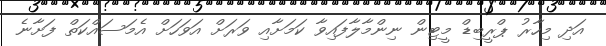
އަދި މިހާރު ޕްރީބިޑް މީޓިން ނިންމާލާފައިވާ ކަމަށާއި ވަރަށް އަވަހަށް އެމަސައްކަތް ފަށާނެ